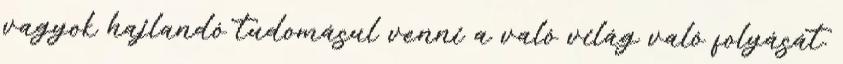
vagyok hajlandó tudomásul ven­ni a való világ való folyását.